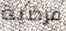
فرضية